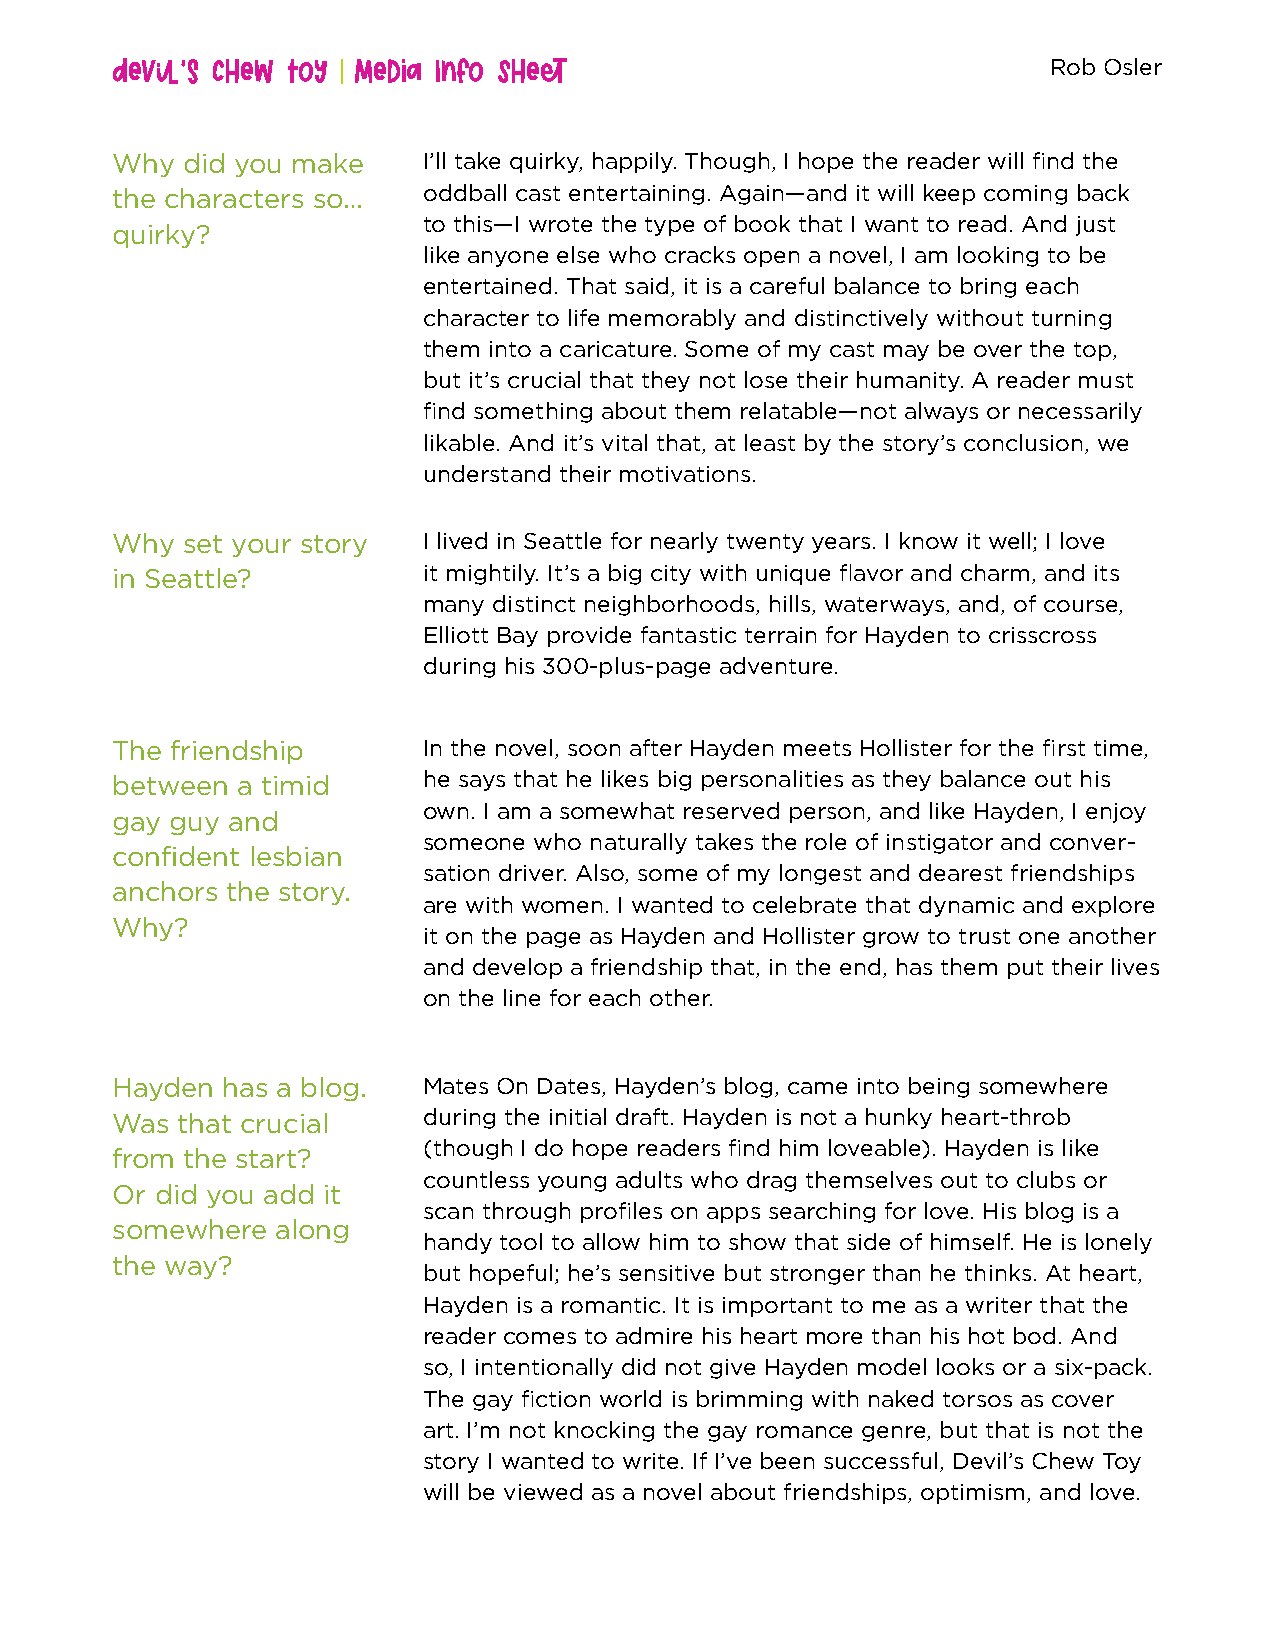
Devil’s Chew Toy Media Info Sheet
 Rob Osler
 Why  did you make    I’ll take quirky, happily. Though, I hope the reader will find the
 the characters so…   oddball cast entertaining. Again—and it will keep coming back
 to this—I wrote the type of book that I want to read. And just
 quirky?
 like anyone else who cracks open a novel, I am looking to be
 entertained. That said, it is a careful balance to bring each
 character to life memorably and distinctively without turning
 them into a caricature. Some of my cast may be over the top,
 but it’s crucial that they not lose their humanity. A reader must
 find something about them relatable—not always or necessarily
 likable. And it’s vital that, at least by the story’s conclusion, we
 understand their motivations.
 Why  set your story  I lived in Seattle for nearly twenty years. I know it well; I love
 in Seattle?          it mightily. It’s a big city with unique flavor and charm, and its
 many distinct neighborhoods, hills, waterways, and, of course,
 Elliott Bay provide fantastic terrain for Hayden to crisscross
 during his 300-plus-page adventure.
 The friendship       In the novel, soon after Hayden meets Hollister for the first time,
 between  a timid     he says that he likes big personalities as they balance out his
 own. I am a somewhat reserved person, and like Hayden, I enjoy
 gay guy and
 someone who naturally takes the role of instigator and conver-
 confident lesbian
 sation driver. Also, some of my longest and dearest friendships
 anchors the story.
 are with women. I wanted to celebrate that dynamic and explore
 Why?
 it on the page as Hayden and Hollister grow to trust one another
 and develop a friendship that, in the end, has them put their lives
 on the line for each other.
 Hayden  has a blog.  Mates On Dates, Hayden’s blog, came into being somewhere
 Was  that crucial    during the initial draft. Hayden is not a hunky heart-throb
 (though I do hope readers find him loveable). Hayden is like
 from the start?
 countless young adults who drag themselves out to clubs or
 Or did you add it
 scan through profiles on apps searching for love. His blog is a
 somewhere  along
 handy tool to allow him to show that side of himself. He is lonely
 the way?
 but hopeful; he’s sensitive but stronger than he thinks. At heart,
 Hayden is a romantic. It is important to me as a writer that the
 reader comes to admire his heart more than his hot bod. And
 so, I intentionally did not give Hayden model looks or a six-pack.
 The gay fiction world is brimming with naked torsos as cover
 art. I’m not knocking the gay romance genre, but that is not the
 story I wanted to write. If I’ve been successful, Devil’s Chew Toy
 will be viewed as a novel about friendships, optimism, and love.